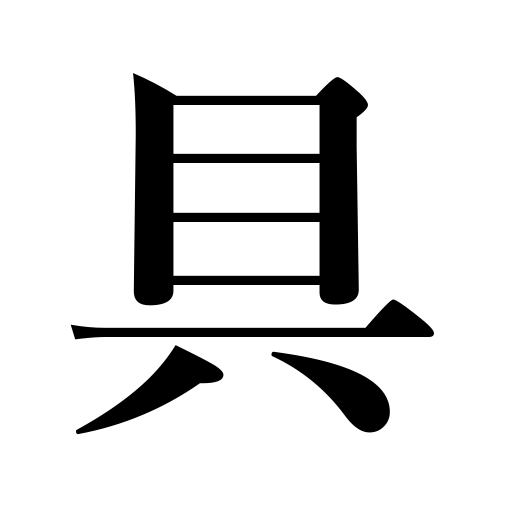
Meanings: vessel,tool,means,ingredients in a dish,suits,counter for armor,sets of furniture